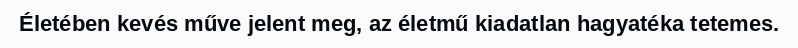
Életében kevés műve jelent meg, az életmű kiadatlan hagyatéka tetemes.